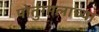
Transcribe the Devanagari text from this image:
पोर्तुगालाच्या